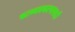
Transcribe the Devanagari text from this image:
काव्यप्रकल्पासाठी